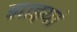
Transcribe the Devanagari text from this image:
झाइयां